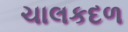
ચાલકદળ